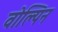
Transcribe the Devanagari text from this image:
वोल्पिन